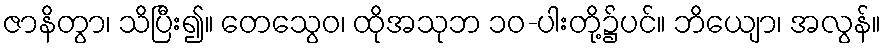
ဇာနိတွာ၊ သိပြီး၍။ တေသွေဝ၊ ထိုအသုဘ ၁၀-ပါးတို့၌ပင်။ ဘိယျော၊ အလွန်။